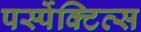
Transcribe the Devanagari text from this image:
पर्स्पेक्टिव्स